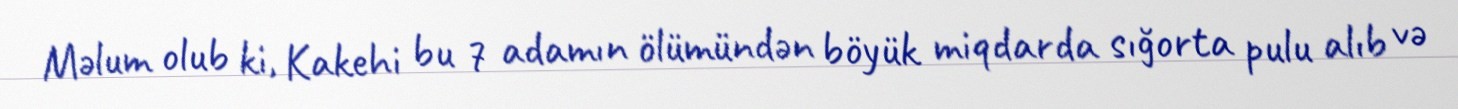
Məlum olub ki, Kakehi bu 7 adamın ölümündən böyük miqdarda sığorta pulu alıb və